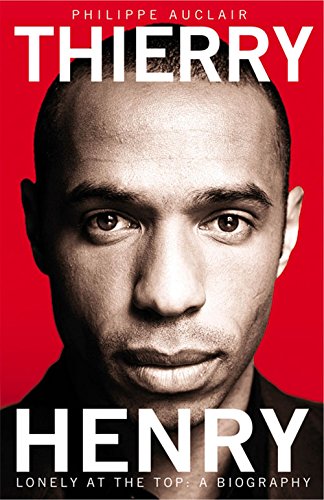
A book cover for Thierry Henry: Lonely at the Top; Philippe Auclair; Biographies & Memoirs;